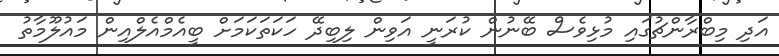
އަދި މިބްރާންޗުގައި މުޅިވެސް ބޭނުން ކުރަނީ އަވިން ލިބިދޭ ހަކަތަކަމަށް ބީއެމްއެލްއިން މައުލޫމާތު